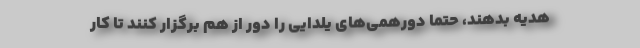
هدیه بدهند، حتما دورهمی‌های یلدایی را دور از هم برگزار کنند تا کار